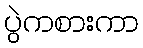
ပွဲကစားကာ